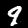
Digit: 9